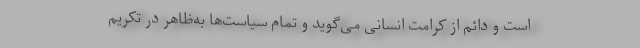
است و دائم از کرامت انسانی می‌گوید و تمام سیاست‌ها به‌ظاهر در تکریم